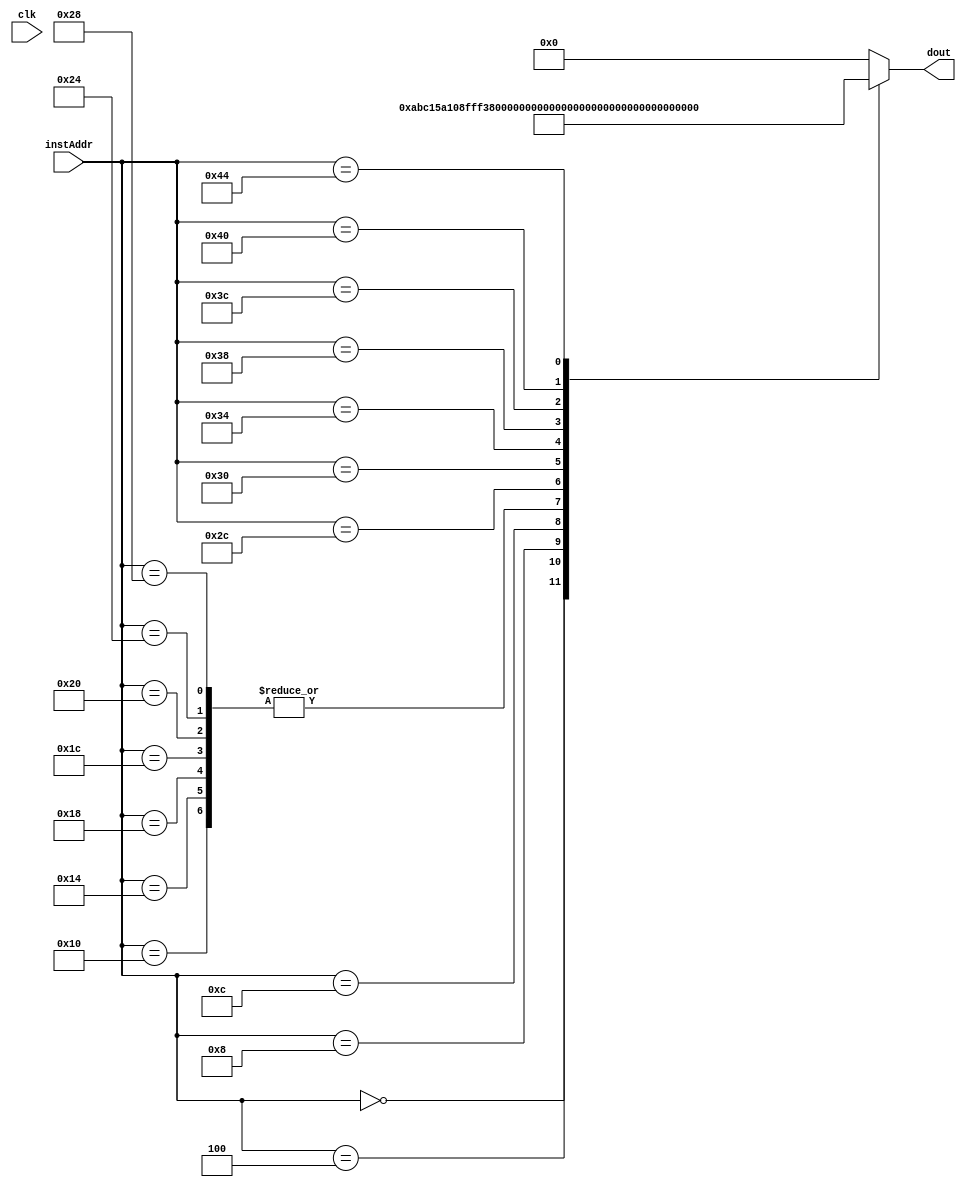
module instruction_ROM(input clk, input [7:0] instAddr, output reg [15:0] dout);

always 
case (instAddr[7:0])
	8'h00:	dout <= 16'hABC1;  // slti $t0, $a1, 1
	8'h04:	dout <= 16'h5A10;	// bne $t0, $zero, END_WHILE
	8'h08:	dout <= 16'h8FFF;	// addi $a1, $a1, -1
	8'h0c:	dout <= 16'h3B80;	// lw  $t0, ($a0)
	8'h10:	dout <= 16'h8B61;	// addi t0, t0, -31
	8'h14:	dout <= 16'h8B61;	// addi t0, t0, -31
	8'h18:	dout <= 16'h8B61;	// addi t0, t0, -31
	8'h1c:	dout <= 16'h8B61;	// addi t0, t0, -31
	8'h20:	dout <= 16'h8B61;	// addi t0, t0, -31
	8'h24:	dout <= 16'h8B61;	// addi t0, t0, -31
	8'h28:	dout <= 16'h8B61;	// addi t0, t0, -31
	8'h2c:	dout <= 16'hAB68;	// slti$t0, $t0, 40
	8'h30:	dout <= 16'h5A0B;	// bne $t0, $zero, ELSE_LOOP
	8'h34:	dout <= 16'h2443;	// srl $v0, $v0, 3
	8'h38:	dout <= 16'hD48A; // or $v1, $v1, $v0
	8'h3c:	dout <= 16'hBB80;	// sw $t0, ($a0)
	8'h40:	dout <= 16'h06C2;	// sll $v2, $v2, 2
	8'h44:	dout <= 16'hE91B; // xor $v3,$v3, $v2
	default: dout <= 16'h0000;
endcase

endmodule